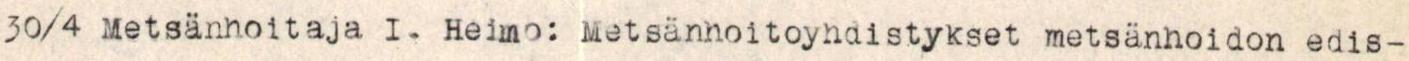
30/4 Metsänhoitaja I. Heimo: Metsänhoitoyhdistykset metsänhoidon edis-